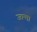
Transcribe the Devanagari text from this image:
जान्ता